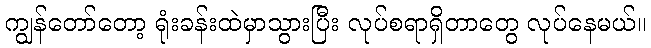
ကျွန်တော်တော့ ရုံးခန်းထဲမှာသွားပြီး လုပ်စရာရှိတာတွေ လုပ်နေမယ်။